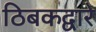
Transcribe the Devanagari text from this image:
ठिबकद्वारे